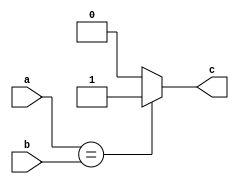
module equald (a,b,c);
input [31:0] a,b;
output reg c;
always @(*)
begin
    if(a==b)
    c =1;
    else 
    c = 0;
end
endmodule